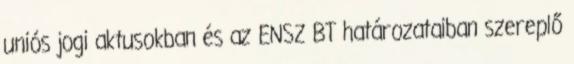
uniós jogi aktusokban és az ENSZ BT határozataiban szereplő